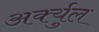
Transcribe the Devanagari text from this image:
अर्क्युल